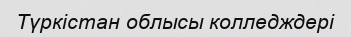
Түркістан облысы колледждері